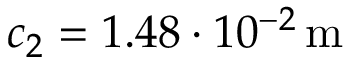
c _ { 2 } = 1 . 4 8 \cdot 1 0 ^ { - 2 } \, \mathrm { m }